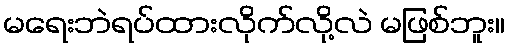
မရေးဘဲရပ်ထားလိုက်လို့လဲ မဖြစ်ဘူး။